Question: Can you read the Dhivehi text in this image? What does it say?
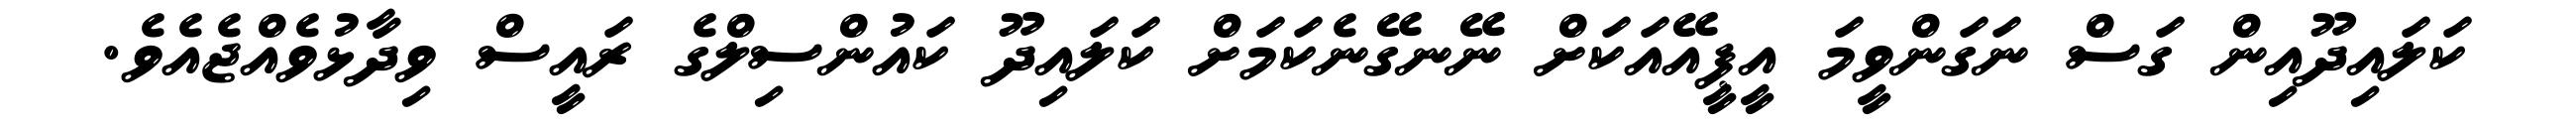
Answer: ކަލައިދޫއިން ގަސް ނަގަންވީމަ އީޕީއޭއަކަށް ނޭނގޭނެކަމަށް ކަލައިދޫ ކައުންސިލްގެ ރައީސް ވިދާޅުވެއްޖެއެވެ.